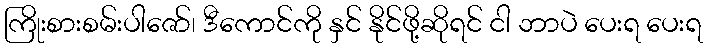
ကြိုးစားစမ်းပါဇော်၊ ဒီကောင်ကို နှင် နိုင်ဖို့ဆိုရင် ငါ ဘာပဲ ပေးရ ပေးရ